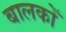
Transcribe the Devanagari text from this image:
बालकोँ